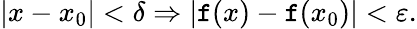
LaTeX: |x-x_{0}|<\delta\Rightarrow|\mathtt{f}(x)-\mathtt{f}(x_{0})|<\varepsilon.